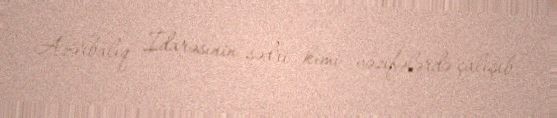
Azərbalıq İdarəsinin sədri kimi vəzifələrdə çalışıb.